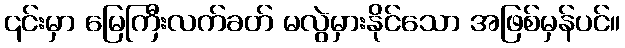
၎င်းမှာ မြေကြီးလက်ခတ် မလွဲမှားနိုင်သော အဖြစ်မှန်ပင်။